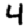
Digit: 4